Annual report of the Punjab Veterinary College and of the Civil Veterinary Department, Punjab - 1926-1932
Year: 1926
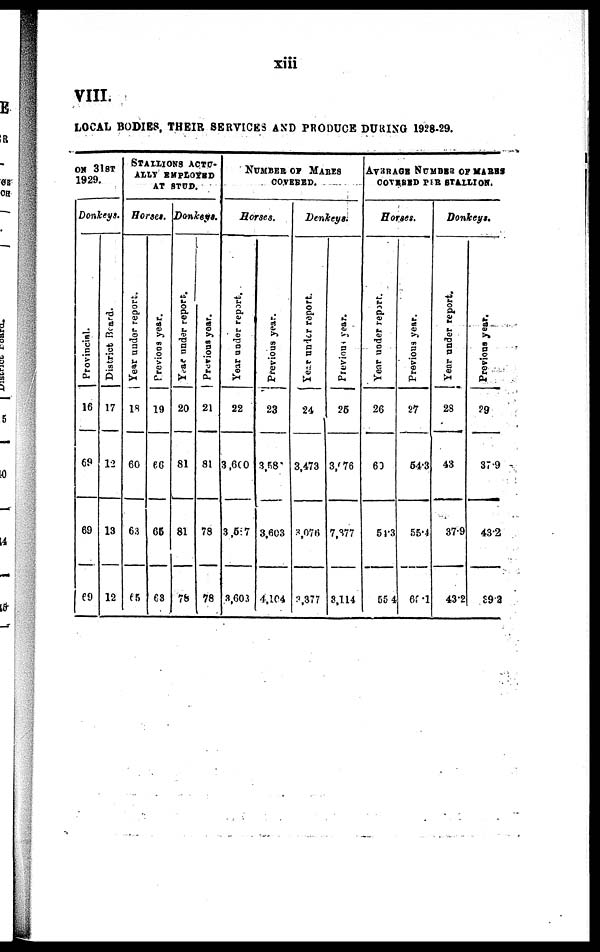
xiii
VIII.
LOCAL BODIES, THEIR SERVICES AND PRODUCE DURING 1928-29.
ON 31st
1929.
Donkeys.
Provincial.
16
69
69
69
District Board.
17
12
13
12
STALLIONS ACTU-
ALLY EMPLOYED
AT STUD.
Horses.
Year under report.
18
60
63
65
Previous year.
19
66
65
63
Donkeys.
Year
under report.
20
81
81
78
Previous year.
21
81
78
78
NUMBER OF MARES
COVERED.
Horses.
Year under report.
22
3,600
3,597
3,603
Previous year.
23
3,58
3,603
4,104
Donkeys.
Year
under report.
24
3,473
3,076
3, 377
Previous year.
25
3, 76
7,377
3,114
AVERAGE NUMBER OF MARES
COVERED PER STALLION.
Horses.
Year under report.
26
60
54.3
55.4
Previous year.
27
54.3
55.4
69.1
Donkeys.
Year under report.
28
43
37.9
43.2
Previous year.
29
37.9
43.2
89.2